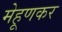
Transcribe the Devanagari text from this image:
मेहूणकर